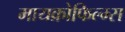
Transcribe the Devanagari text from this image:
मायक्रोफिल्म्स